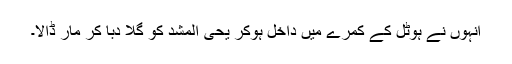
انہوں نے ہوٹل کے کمرے میں داخل ہوکر یحی المشد کو گلا دبا کر مار ڈالا۔